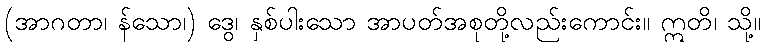
(အာဂတာ၊ န်သော၊) ဒွေ၊ နှစ်ပါးသော အာပတ်အစုတို့လည်းကောင်း။ ဣတိ၊ သို့။